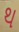
થ